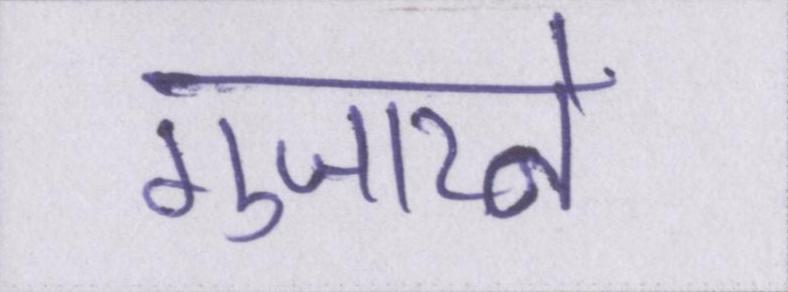
गुजारने